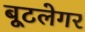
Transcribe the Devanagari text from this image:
बूटलेगर